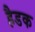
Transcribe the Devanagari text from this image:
हैडक